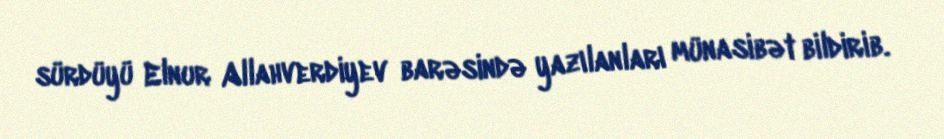
sürdüyü Elnur Allahverdiyev barəsində yazılanları münasibət bildirib.